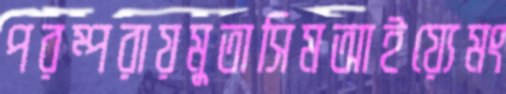
পরম্পরায়মুতাসিমআইয়্যেমং